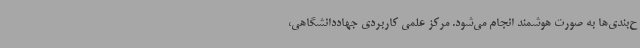
ح‌بندی‌ها به صورت هوشمند انجام می‌شود. مرکز علمی کاربردی جهاددانشگاهی،